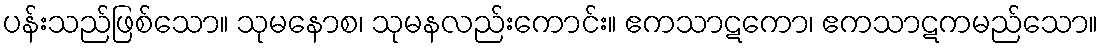
ပန်းသည်ဖြစ်သော။ သုမနောစ၊ သုမနလည်းကောင်း။ ဧကသာဋကော၊ ဧကသာဋကမည်သော။